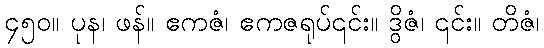
၄၅၀။ ပုန၊ ဖန်။ ဧကဇံ၊ ဧကဇရုပ်၎င်း။ ဒွိဇံ၊ ၎င်း။ တိဇံ၊